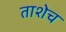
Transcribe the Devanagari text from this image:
ताशेच